Civil Veterinary Department Bihar reports 1936-40 - 1936-1940
Year: 1936
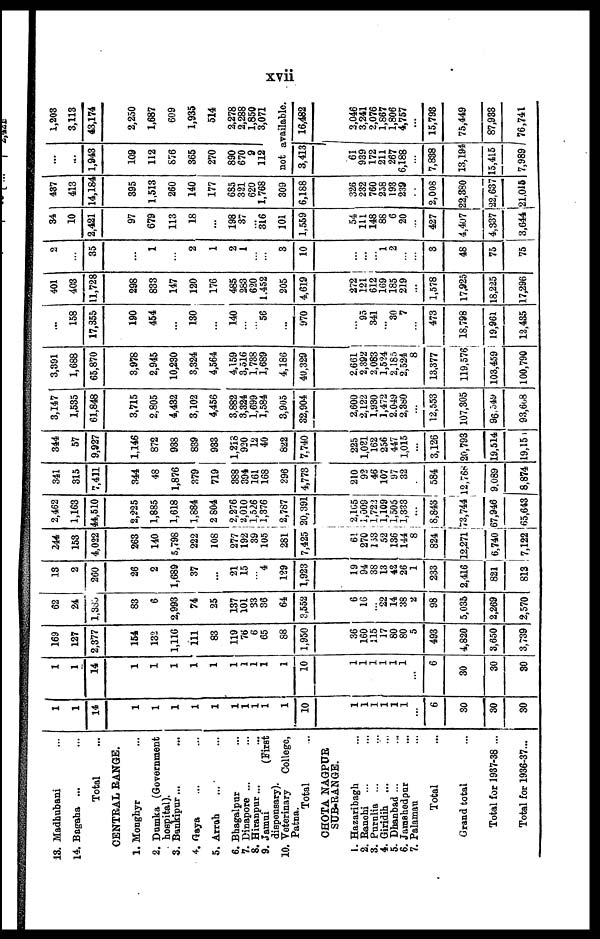
xvii
13. Madhubani ...
14. Bogaha ... ...
Total ...
CENTRAL RANGE.
1. Monghyr ...
2. Dumka (Government
hospital).
3. Bankipur ... ...
4. Gaya ... ...
5. Arrah ... ...
6. Bhagalpur ...
7. Dinapore ... ...
8. Hiranpur ... ...
9. Jamai
(First
dispensary).
10. Veterinary
College,
Patna.
Total ...
CHOTA NAGPUR
SUB-RANGE.
1. Hazaribagh ...
2. Ranchi ... ...
3. Purulia ... ...
4. Giridih ... ...
5. Dhanbad ... ...
6. Jamshedpur ...
7. Palamau ...
Total ...
Grand total ...
Total for 1937-38 ...
Total for 1936-37...
1
1
14
1
1
1
1
1
1
1
1
1
1
10
1
1
1
1
1
1
...
6
30
30
30
1
1
14
1
1
1
1
1
1
1
1
1
1
10
1
1
1
1
1
1
...
6
30
30
30
169
127
2,377
154
132
1,116
111
83
119
76
6
65
88
1,950
36
160
115
17
80
80
5
493
4,820
3,650
3,739
62
24
1,333
83
6
2,993
74
25
137
101
33
36
64
3,552
6
16
... 22
14
38
2
98
5,035
2,269
2,570
13
2
260
26
2
1,689
37
...
21
15
...
4
129
1,923
19
94
38
13
42
26
1
233
2,416
821
813
244
153
4,022
263
140
5,798
222
108
277
192
39
105
281
7,425
61
270
183
52
136
144
8
824
12,271
6,740
7,122
2,462
1,163
44,510
2,225
1,885
1,618
1,884
2 804
2,276
2,010
1,526
1,376
2,787
20,391
2,105
1,009
1,722
1,109
1,506
1,333
...
8,843
73,744
67,946
65,643
341
315
7,411
344
48
1,876
379
719
388
394
161
168
296
4,773
210
92
46
107
97
32
...
584
12,768
9,089
8,874
344
57
9,927
1,146
872
938
839
933
1,218
920
12
40
822
7,740
225
1,081
162
256
447
1,015
...
3,126
20,793
19,514
19,154
3,147
1,535
61,848
3,715
2,805
4,432
3,102
4,456
3,882
3,324
1,699
1,584
3,905
32,904
2,600
2,122
1,930
1,472
2.049
2,360
...
12,553
107,305
96,549
93,608
3,391
1,688
65,870
3,978
2,945
10,230
3,324
4,564
4,159
3,516
1,738
1,689
4,186
40,329
2.661
2,392
2,083
1,524
2,185
2,524
8
13,377
119,576
103,459
100,790
...
158
17,355
190
454
...
130
...
140
...
...
56
...
970
...
95
341
...
30
7
...
473
18,798
19,961
12,435
401
403
11,728
298
833
147
120
176
485
283
620
1.452
205
4,619
272
121
612
169
185
219
...
1,578
17.925
18,225
17,296
2
...
35
...
1
...
2
1
2
1
...
...
3
10
...
...
... 1
2
...
...
3
48
75
75
34
10
2,421
97
679
113
18
...
198
37
...
316
101
1,559
54
111
148
88
6
20
...
427
4,407
4,337
3,644
487
413
14,184
395
1,513
260
140
177
685
321
620
1,768
309
6,188
326
232
760
258
193
239
...
2,008
22,380
22,637
21,015
...
...
1,943
109
112
876
365
270
890
670
9
112
not a
3,413
61
939
172
211
267
6,188
...
7,838
13,194
15,415
7,989
1,203
3,113
43,174
2,250
1,687
609
1,935
514
2,278
2,288
1,850
3,071
vailable.
16,482
3,046
3,241
2,076
1,867
1,806
4,757
...
15,793
75,449
87,933
76,741